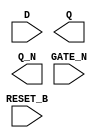
module sky130_fd_sc_ls__dlrbn (
    //# {{data|Data Signals}}
    input  D      ,
    output Q      ,
    output Q_N    ,

    //# {{control|Control Signals}}
    input  RESET_B,

    //# {{clocks|Clocking}}
    input  GATE_N
);

    // Voltage supply signals
    supply1 VPWR;
    supply0 VGND;
    supply1 VPB ;
    supply0 VNB ;

endmodule